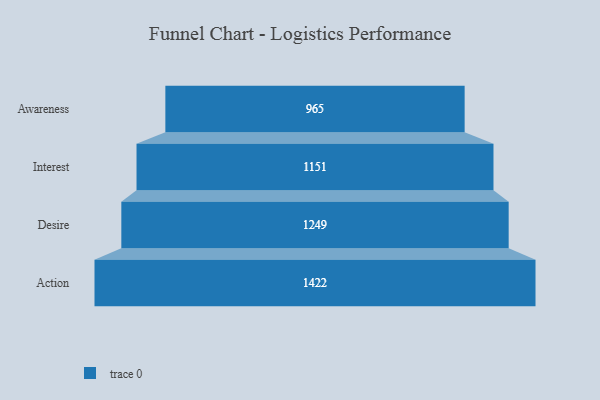
{"axis": {"x": "Stage", "y": "Value"}, "legend": [""], "data": [{"x": "Awareness", "y": 965.0, "type": ""}, {"x": "Interest", "y": 1151.0, "type": ""}, {"x": "Desire", "y": 1249.0, "type": ""}, {"x": "Action", "y": 1422.0, "type": ""}]}